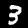
Label: 3